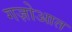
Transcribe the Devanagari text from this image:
गज़ोआत